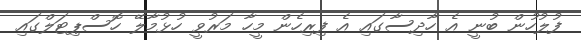
ފުލުހުން ބުނީ އެ ހާދިސާގައި އެ ފިރިހެން މީހާ މަރުވީ ހުޅުމާލޭ ހޮސްޕިޓަލްގައި